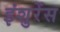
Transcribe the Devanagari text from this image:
इंशुरेंस